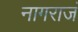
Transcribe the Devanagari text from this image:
नागराजं